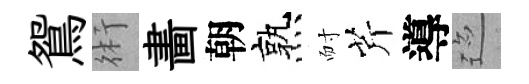
鴛術畵朝熟耐芹導迹